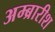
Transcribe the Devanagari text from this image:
अम्ब्रारीश